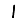
Digit: 1